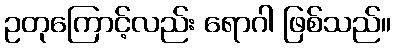
ဥတုကြောင့်လည်း ရောဂါ ဖြစ်သည်။